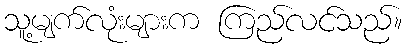
သူ့မျက်လုံးများက ကြည်လင်သည်။